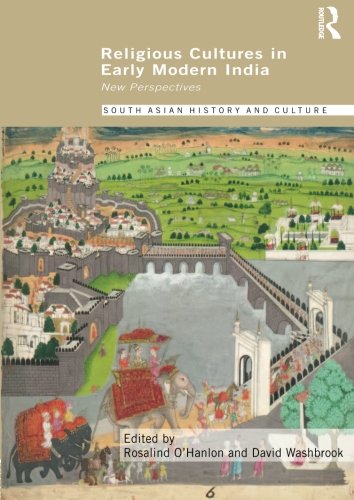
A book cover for Religious Cultures in Early Modern India: New Perspectives; Religion & Spirituality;